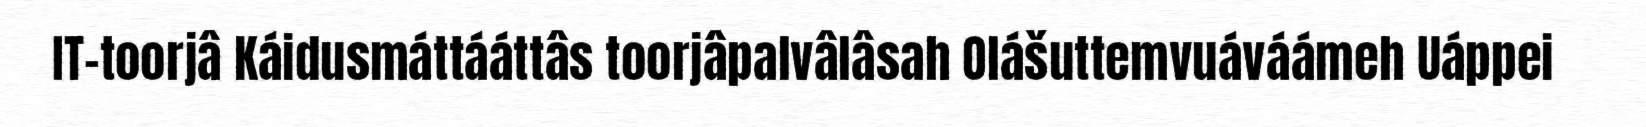
IT-toorjâ Káidusmáttááttâs toorjâpalvâlâsah Olášuttemvuáváámeh Uáppei